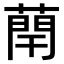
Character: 𫉑